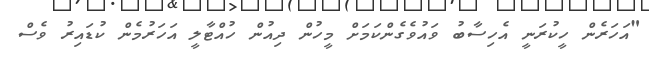
"އަހަރެން ހީކުރަނީ އެހިސާބު ވައުވެގެންކަމަށް މީހުން ދިއުން ހުއްޓާލީ އަހަރުމެން ކުޑައިރު ވެސް